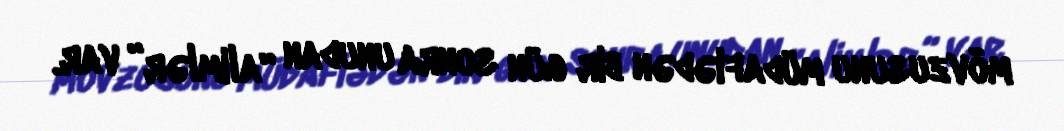
mövzusunu müdafiədən bir gün sonra unudan “alimlər” var.